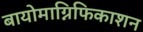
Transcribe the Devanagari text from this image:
बायोमाग्निफिकाशन